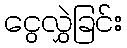
ငွေလွှဲခြင်း